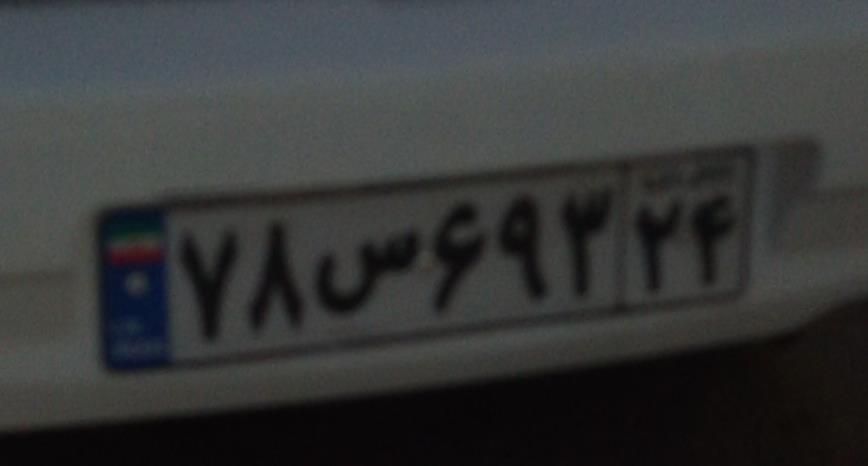
۷۸س۶۹۳۲۴